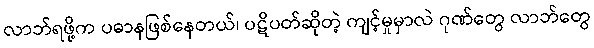
လာဘ်ရဖို့က ပဓာနဖြစ်နေတယ်၊ ပဋိပတ်ဆိုတဲ့ ကျင့်မှုမှာလဲ ဂုဏ်တွေ လာဘ်တွေ